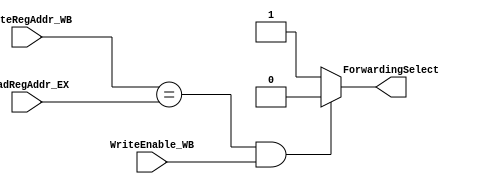
module ForwardingUnit
	(
		input WriteEnable_WB,
		input [2:0] WriteRegAddr_WB,
		input [2:0] ReadRegAddr_EX,
		output reg ForwardingSelect
	);

// ForwardingSelect == 0 then WriteRegData_WB is used as operand for ALU
// else  ReadRegData_EX is used as operand for ALU

always @ ( * )
begin
	if( WriteRegAddr_WB == ReadRegAddr_EX && WriteEnable_WB )
	begin
		ForwardingSelect = 0;
	end
	else
	begin
		ForwardingSelect = 1;
	end
end

endmodule